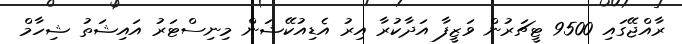
ރާއްޖޭގައި 9500 ޓީޗަރުން ވަޒީފާ އަދާކުރާ އިރު އެޑިއުކޭޝަން މިނިސްޓަރު އައިޝަތު ޝިހާމް